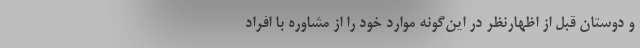
و دوستان قبل از اظهارنظر در این‌گونه موارد خود را از مشاوره با افراد